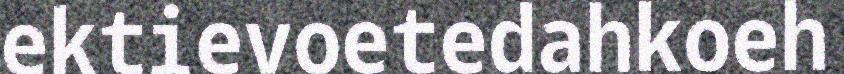
ektievoetedahkoeh